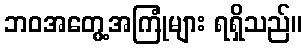
ဘဝအတွေ့အကြုံများ ရရှိသည်။